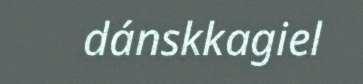
dánskkagiel